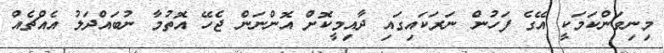
މިނިވަންކަމަކީ އޭގެ ފަހުން ނަރަކައިގައި ދާއިމީކޮށް އޮންނަން ޖެހޭ އޮތުމާ ނުބައްދަލު އެއްޗެއް